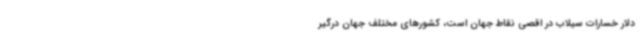
دلار خسارات سیلاب در اقصی نقاط جهان است، کشورهای مختلف جهان درگیر